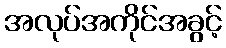
အလုပ်အကိုင်အခွင့်